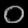
Digit: ၀